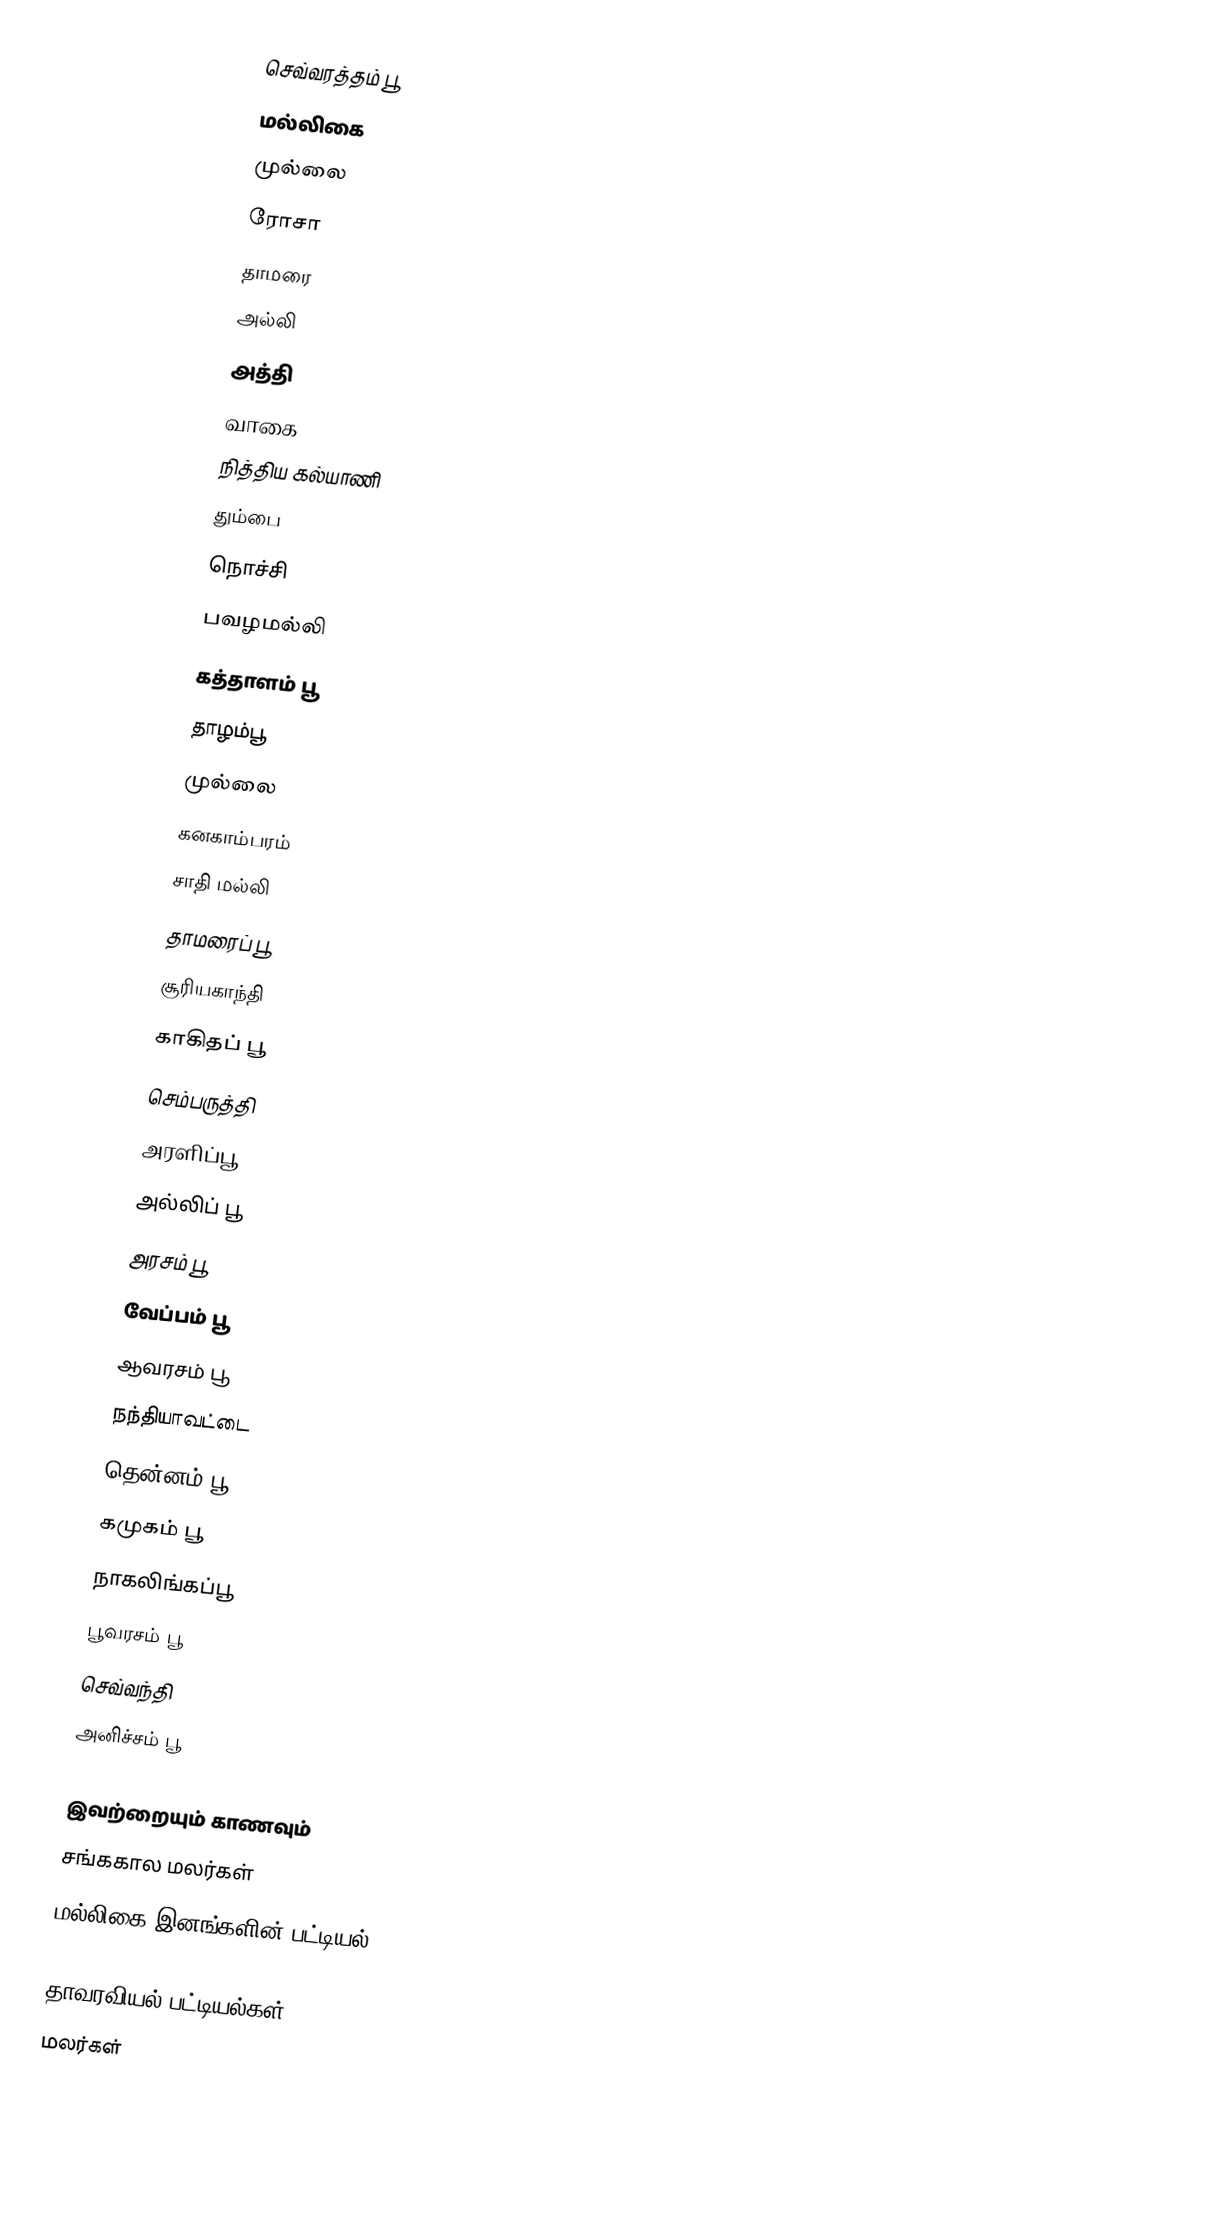
செவ்வரத்தம் பூ
 மல்லிகை
 முல்லை
 ரோசா
 தாமரை
 அல்லி
 அத்தி
 வாகை
 நித்திய கல்யாணி
 தும்பை
 நொச்சி
 பவழமல்லி
 கத்தாளம் பூ
 தாழம்பூ
 முல்லை
 கனகாம்பரம்
 சாதி மல்லி
 தாமரைப் பூ
 சூரியகாந்தி
 காகிதப் பூ
 செம்பருத்தி
 அரளிப்பூ
 அல்லிப் பூ
 அரசம் பூ
 வேப்பம் பூ
 ஆவரசம் பூ
 நந்தியாவட்டை
 தென்னம் பூ
 கமுகம் பூ
 நாகலிங்கப்பூ
 பூவரசம் பூ
 செவ்வந்தி
 அனிச்சம் பூ

இவற்றையும் காணவும்
சங்ககால மலர்கள்
மல்லிகை இனங்களின் பட்டியல்

தாவரவியல் பட்டியல்கள்
மலர்கள்